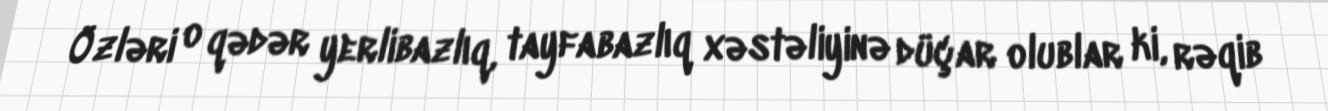
Özləri o qədər yerlibazlıq, tayfabazlıq xəstəliyinə düçar olublar ki, rəqib